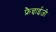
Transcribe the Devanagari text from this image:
फ्रैन्चाईज़ी